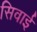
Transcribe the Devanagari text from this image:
सिवाई